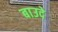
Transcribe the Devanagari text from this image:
बाउदे